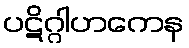
ပဋိဂ္ဂါဟကေန